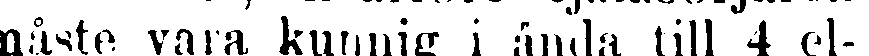
måste vara kunnig i ända till 4 el-